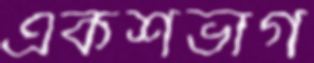
একশভাগ